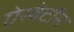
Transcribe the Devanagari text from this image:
ऐस्बेटॉस